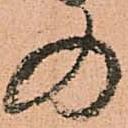
の